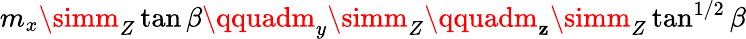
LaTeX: m_{x}\simm_{Z}\tan\beta\qquadm_{y}\simm_{Z}\qquadm_{\mathbf{z}}\simm_{Z}\tan^{1/2}\beta